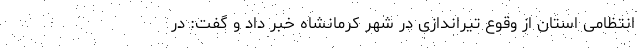
انتظامی استان از وقوع تیراندازی در شهر کرمانشاه خبر داد و گفت: در